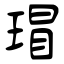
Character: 瑁